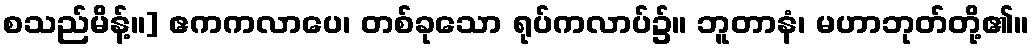
စသည်မိန့်။] ဧကကလာပေ၊ တစ်ခုသော ရုပ်ကလာပ်၌။ ဘူတာနံ၊ မဟာဘုတ်တို့၏။